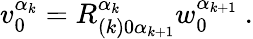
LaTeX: v_{0}^{\alpha_{k}}=R_{(k)0\alpha_{k+1}}^{\alpha_{k}}w_{0}^{\alpha_{k+1}}\ .